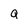
Character: Q